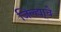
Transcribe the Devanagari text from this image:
जिल्ह्या्चे